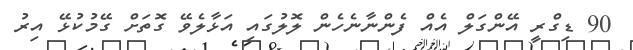
90 ޑިގްރީ އޭންގަލް އެއް ފެންނާނެހެން ލޮލުގައި އަޅާލެވޭ ގޮތަށް ގޭމުކުޅޭ އިރު